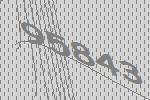
95843